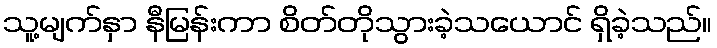
သူ့မျက်နှာ နီမြန်းကာ စိတ်တိုသွားခဲ့သယောင် ရှိခဲ့သည်။